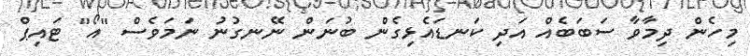
މިހެން ދިމާވާ ސަބަބެއް އަދި ކަނޑައެޅިގެން ބުނަން ނޭނގުނު ނަމަވެސް "އޯ" ޓައިޕް